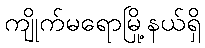
ကျိုက်မရောမြို့နယ်ရှိ